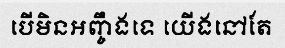
បើមិនអញ្ចឹងទេ យើងនៅតែ